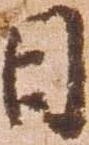
日